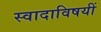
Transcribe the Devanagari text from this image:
स्वादाविषयीं